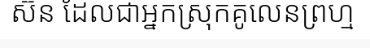
ស៊ន ដែលជាអ្នកស្រុកគូលេនព្រហ្ម